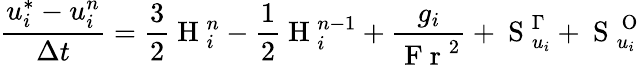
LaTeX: \frac{u_{i}^{*}-u_{i}^{n}}{\Delta t}=\frac{3}{2}\mathrm{~H~}_{i}^{n}-\frac{1}{2}\mathrm{~H~}_{i}^{n-1}+\frac{g_{i}}{\mathrm{~F~r~}^{2}}+\mathrm{~S~}_{u_{i}}^{\Gamma}+\mathrm{~S~}_{u_{i}}^{\mathrm{~O~}}